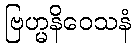
ဗြဟ္မနိဝေသနံ